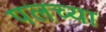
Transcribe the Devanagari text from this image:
पलच्या